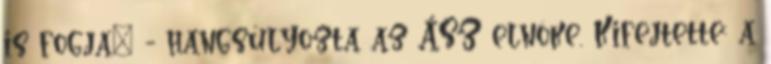
is fogja" - hangsúlyozta az ÁSZ elnöke. Kifejtette: a